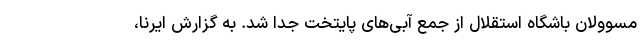
مسوولان باشگاه استقلال از جمع آبی‌های پایتخت جدا شد. به گزارش ایرنا،